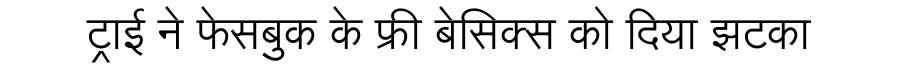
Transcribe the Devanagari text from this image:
ट्राई ने फेसबुक के फ्री बेसिक्स को दिया झटका